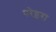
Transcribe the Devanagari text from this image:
परेइरा